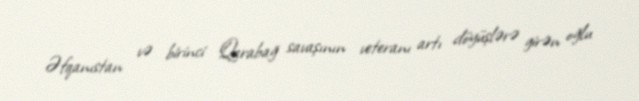
Əfqanıstan və birinci Qarabağ savaşının veteranı artı döyüşlərə girən oğlu